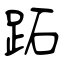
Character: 跖